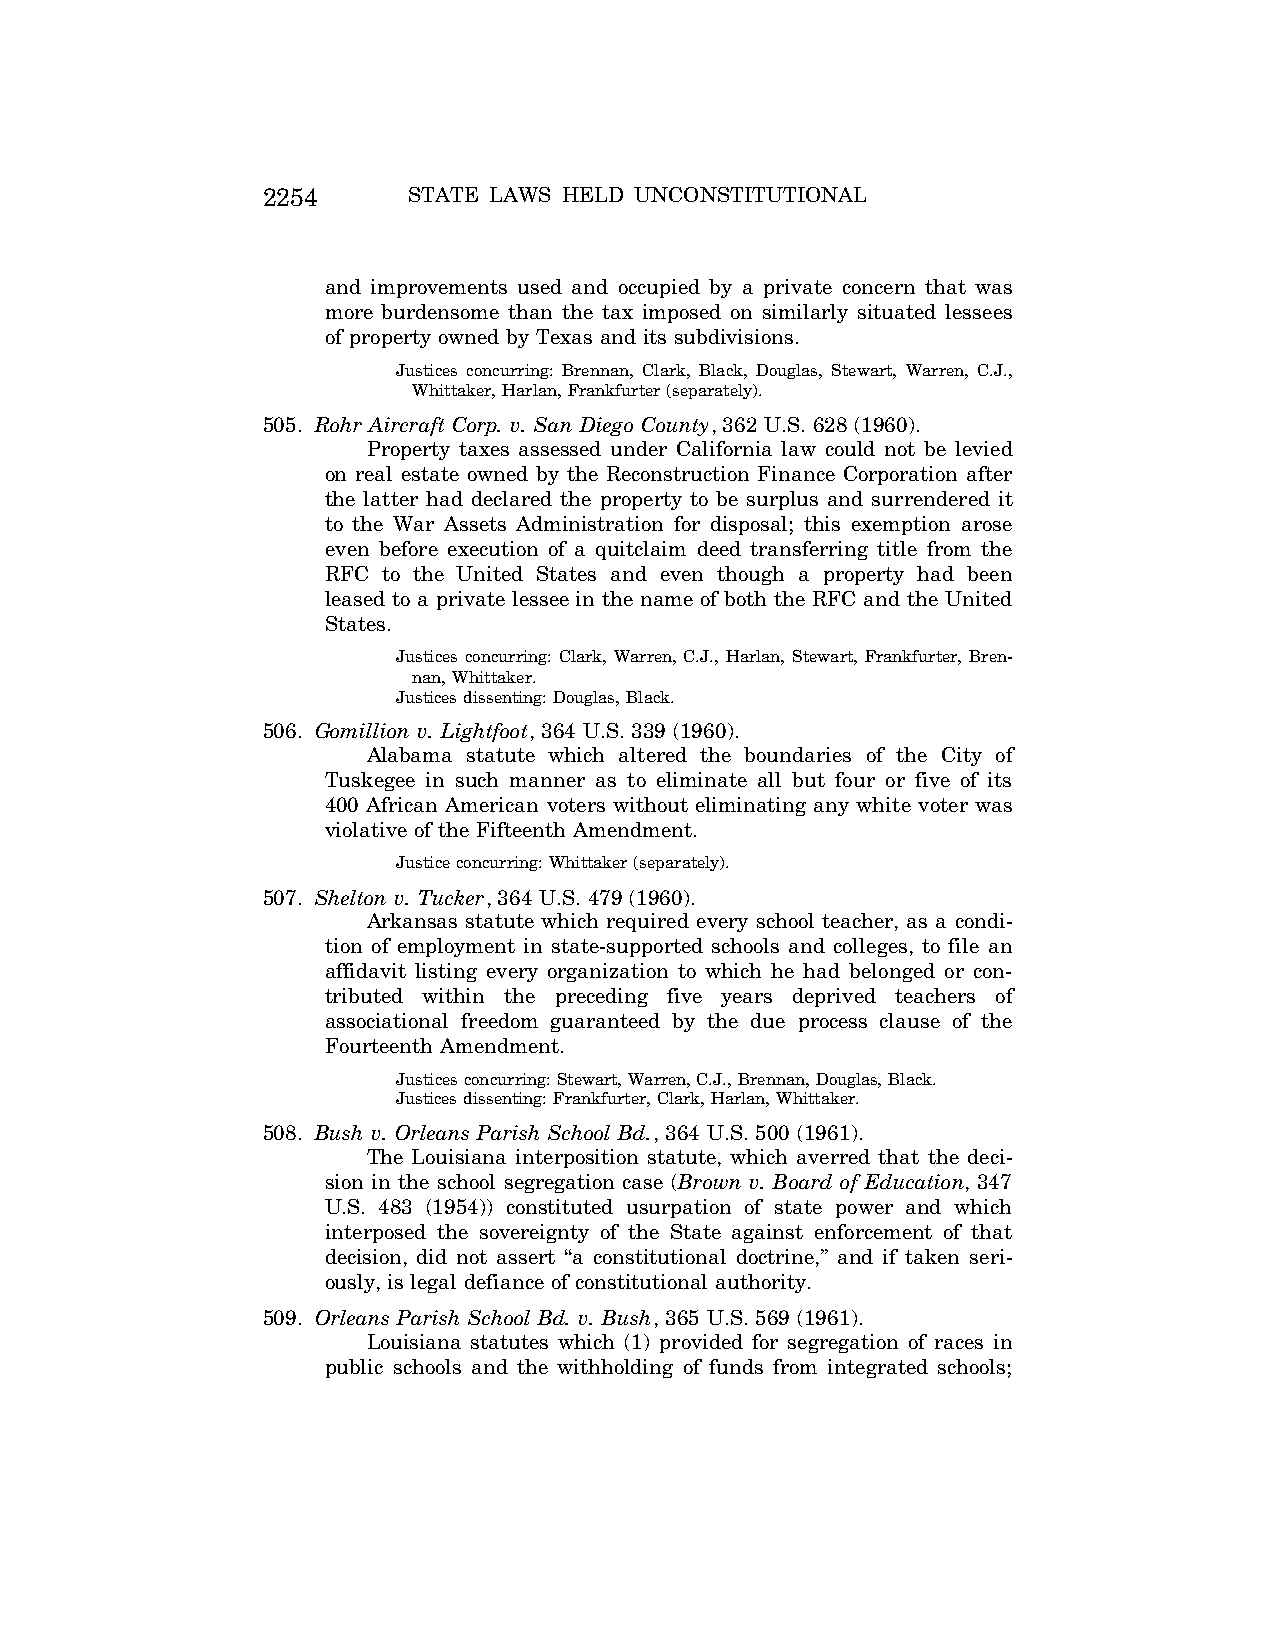
2254      STATE LAWS HELD UNCONSTITUTIONAL
 and improvements used and occupied by a private concern that was
 more burdensome than the tax imposed on similarly situated lessees
 of property owned by Texas and its subdivisions.
 Justices concurring: Brennan, Clark, Black, Douglas, Stewart, Warren, C.J.,
 Whittaker, Harlan, Frankfurter (separately).
 505. Rohr Aircraft Corp. v. San Diego County, 362 U.S. 628 (1960).
 Property taxes assessed under California law could not be levied
 on real estate owned by the Reconstruction Finance Corporation after
 the latter had declared the property to be surplus and surrendered it
 to the War Assets Administration for disposal; this exemption arose
 even before execution of a quitclaim deed transferring title from the
 RFC to the United States and even though a property had been
 leased to a private lessee in the name of both the RFC and the United
 States.
 Justices concurring: Clark, Warren, C.J., Harlan, Stewart, Frankfurter, Bren-
 nan, Whittaker.
 Justices dissenting: Douglas, Black.
 506. Gomillion v. Lightfoot, 364 U.S. 339 (1960).
 Alabama statute which altered the boundaries of the City of
 Tuskegee in such manner as to eliminate all but four or five of its
 400 African American voters without eliminating any white voter was
 violative of the Fifteenth Amendment.
 Justice concurring: Whittaker (separately).
 507. Shelton v. Tucker, 364 U.S. 479 (1960).
 Arkansas statute which required every school teacher, as a condi-
 tion of employment in state-supported schools and colleges, to file an
 affidavit listing every organization to which he had belonged or con-
 tributed within the preceding five years deprived teachers of
 associational freedom guaranteed by the due process clause of the
 Fourteenth Amendment.
 Justices concurring: Stewart, Warren, C.J., Brennan, Douglas, Black.
 Justices dissenting: Frankfurter, Clark, Harlan, Whittaker.
 508. Bush v. Orleans Parish School Bd., 364 U.S. 500 (1961).
 The Louisiana interposition statute, which averred that the deci-
 sion in the school segregation case (Brown v. Board of Education, 347
 U.S. 483 (1954)) constituted usurpation of state power and which
 interposed the sovereignty of the State against enforcement of that
 decision, did not assert ‘‘a constitutional doctrine,’’ and if taken seri-
 ously, is legal defiance of constitutional authority.
 509. Orleans Parish School Bd. v. Bush, 365 U.S. 569 (1961).
 Louisiana statutes which (1) provided for segregation of races in
 public schools and the withholding of funds from integrated schools;
 VerDate Aug<04>2004 12:57 Aug 23, 2004 Jkt 077500 PO 00000 Frm 00094 Fmt 8222 Sfmt 8222 C:\CONAN\CON064.SGM PRFM99 PsN: CON064